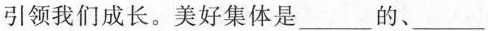
引领我们成长。美好集体是___的、___